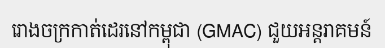
រោងចក្រកាត់ដេរនៅកម្ពុជា (GMAC) ជួយអន្តរាគមន៍